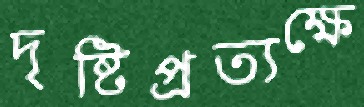
দৃষ্টিপ্রত্যক্ষে